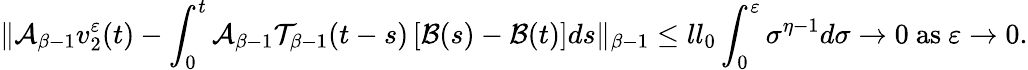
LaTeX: \| \mathcal{A}_{\beta-1}v_{2}^{\varepsilon}(t)-\int_{0}^{t}\mathcal{A}_{\beta-1}\mathcal{T}_{\beta-1}(t-s)\left[\mathcal{B}(s)-\mathcal{B}(t)\right]ds\| _{\beta-1}\leq ll_{0}\int_{0}^{\varepsilon}\sigma^{\eta-1}d\sigma\rightarrow 0\mathrm{~as~}\varepsilon\rightarrow 0.